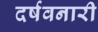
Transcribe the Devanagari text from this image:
दर्षवनारी